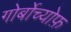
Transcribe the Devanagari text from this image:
गोर्बोच्योफ़